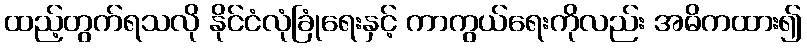
ထည့်တွက်ရသလို နိုင်ငံလုံခြုံရေးနှင့် ကာကွယ်ရေးကိုလည်း အဓိကထား၍